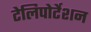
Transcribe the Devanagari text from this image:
टेलिपोर्टेशन